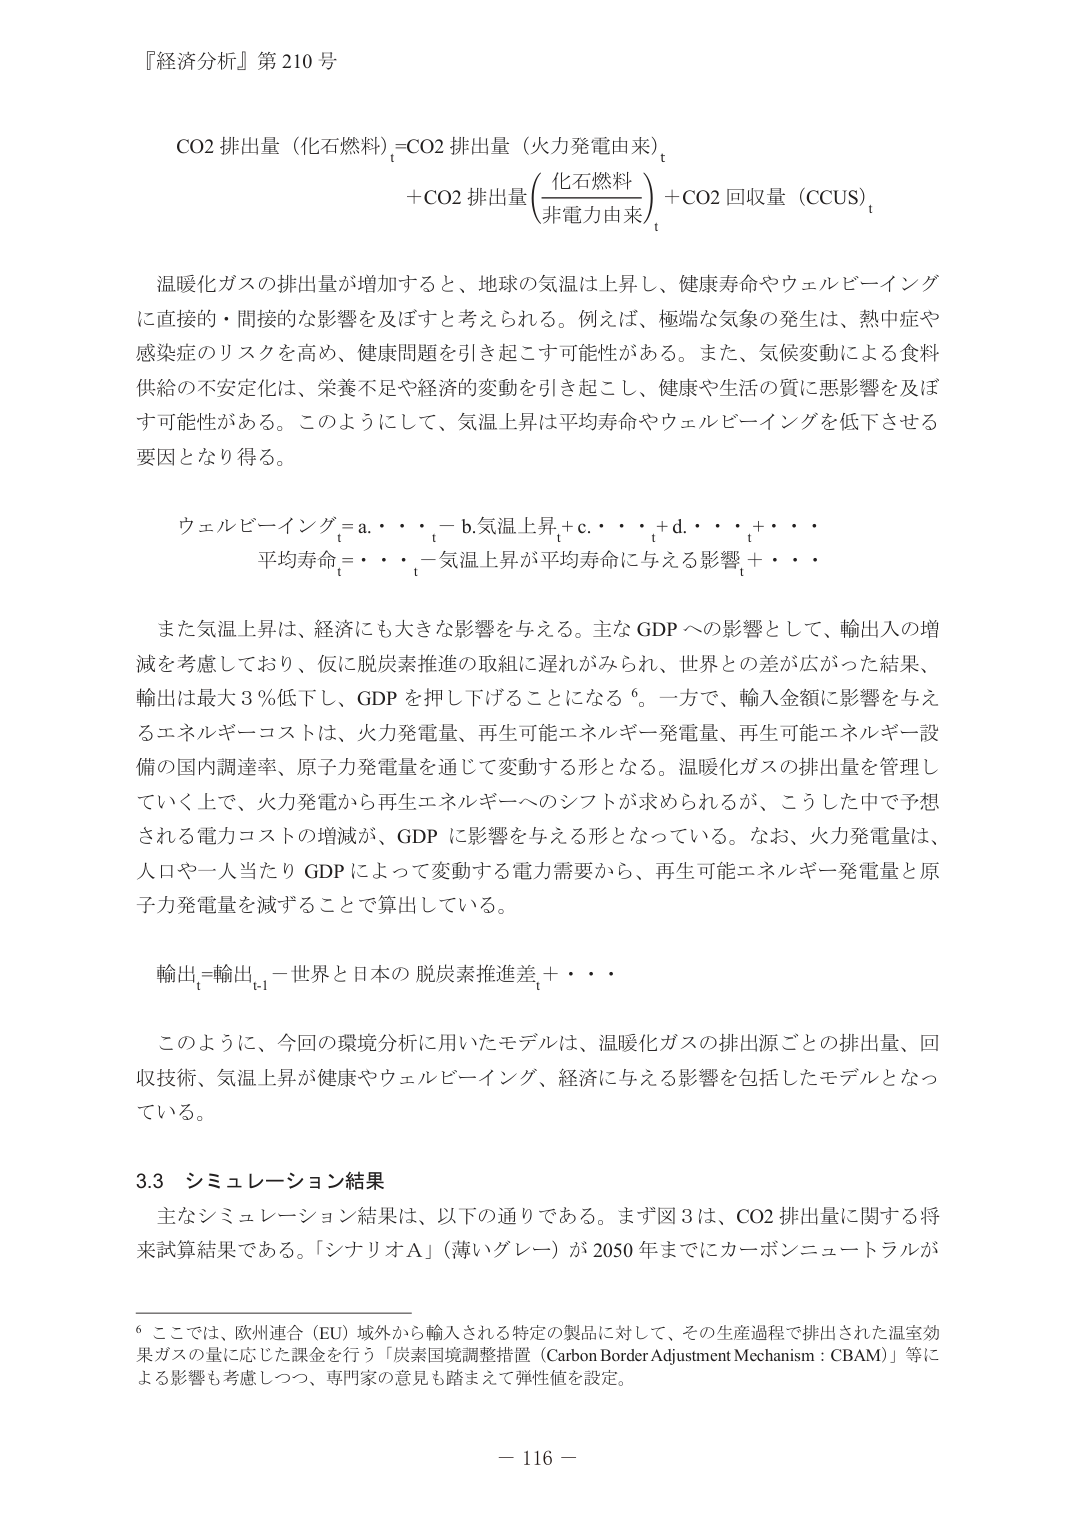
『経済分析』第210号

CO2 排出量（化石燃料）t = CO2 排出量（火力発電由来）t
+ CO2 排出量（化石燃料 / 非電力由来）t + CO2 回収量（CCUS）t

温暖化ガスの排出量が増加すると、地球の気温は上昇し、健康寿命やウェルビーイングに直接的・間接的な影響を及ぼすと考えられる。例えば、極端な気象の発生は、熱中症や感染症のリスクを高め、健康問題を引き起こす可能性がある。また、気候変動による食料供給の不安定化は、栄養不足や経済的変動を引き起こし、健康や生活の質に悪影響を及ぼす可能性がある。このようにして、気温上昇は平均寿命やウェルビーイングを低下させる要因となり得る。

ウェルビーイングt = a．．．t - b.気温上昇t + c．．．t + d．．．t + ．．．
平均寿命t = ．．．t - 気温上昇が平均寿命に与える影響t + ．．．

また気温上昇は、経済にも大きな影響を与える。主な GDP への影響として、輸出入の増減を考慮しており、仮に脱炭素推進の取組に遅れがみられ、世界との差が広がった結果、輸出は最大3％低下し、GDP を押し下げることになる6。一方で、輸入金額に影響を与えるエネルギーコストは、火力発電量、再生可能エネルギー発電量、再生可能エネルギー設備の国内調達率、原子力発電量を通じて変動する形となる。温暖化ガスの排出量を管理していく上で、火力発電から再生エネルギーへのシフトが求められるが、こうした中で予想される電力コストの増減が、GDP に影響を与える形となっている。なお、火力発電量は、人口や一人当たり GDP によって変動する電力需要から、再生可能エネルギー発電量と原子力発電量を減ずることで算出している。

輸出t = 輸出t-1 - 世界と日本の脱炭素推進差t + ．．．

このように、今回の環境分析に用いたモデルは、温暖化ガスの排出源ごとの排出量、回収技術、気温上昇が健康やウェルビーイング、経済に与える影響を包括したモデルとなっている。

3.3 シミュレーション結果
主なシミュレーション結果は、以下の通りである。まず図3は、CO2 排出量に関する将来試算結果である。「シナリオA」（薄いグレー）が2050年までにカーボンニュートラルが

6 ここでは、欧州連合（EU）域外から輸入される特定の製品に対して、その生産過程で排出された温室効果ガスの量に応じた課金を行う「炭素国境調整措置（Carbon Border Adjustment Mechanism : CBAM）」等による影響も考慮しつつ、専門家の意見も踏まえて弾性値を設定。

－ 116 －